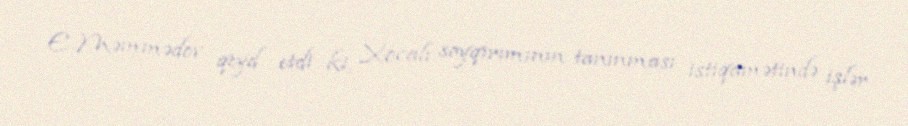
E.Məmmədov qeyd etdi ki, Xocalı soyqırımının tanınması istiqamətində işlər